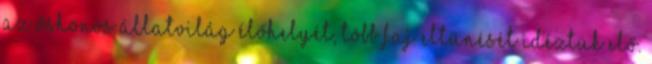
az őshonos állatvilág élőhelyét, több faj eltűnését idéztük elő.